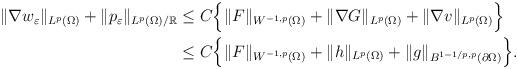
LaTeX: \begin{align*}\begin{aligned} \|\nabla w_\varepsilon\|_{L^p(\Omega)} + \|p_\varepsilon\|_{L^p(\Omega)/\mathbb{R}} & \leq C\Big\{\|F\|_{W^{-1,p}(\Omega)} + \|\nabla G\|_{L^p(\Omega)} + \|\nabla v\|_{L^p(\Omega)}\Big\} \\ & \leq C\Big\{\|F\|_{W^{-1,p}(\Omega)} + \|h\|_{L^p(\Omega)} + \|g\|_{B^{1-1/p,p}(\partial\Omega)}\Big\}.\end{aligned}\end{align*}